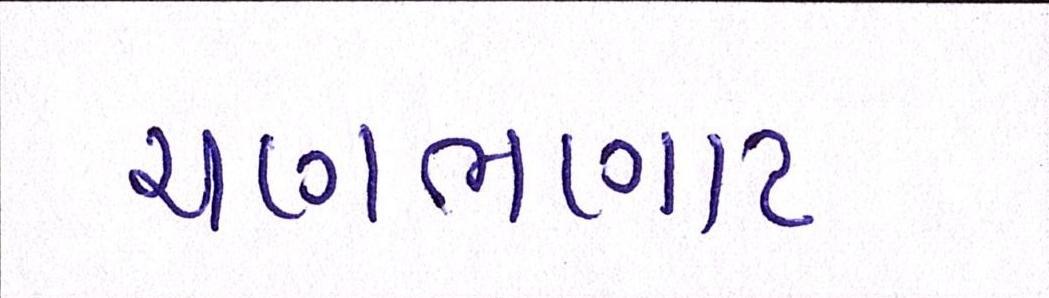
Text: ચણભણાટ